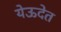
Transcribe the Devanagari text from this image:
येऊदेत